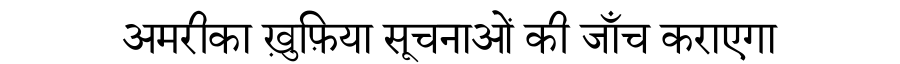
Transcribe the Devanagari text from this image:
अमरीका ख़ुफ़िया सूचनाओं की जाँच कराएगा